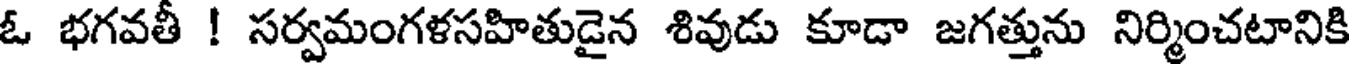
ఓ భగవతీ ! సర్వమంగళసహితుడైన శివుడు కూడా జగత్తును నిర్మించటానికి